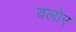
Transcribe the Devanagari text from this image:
वलोर